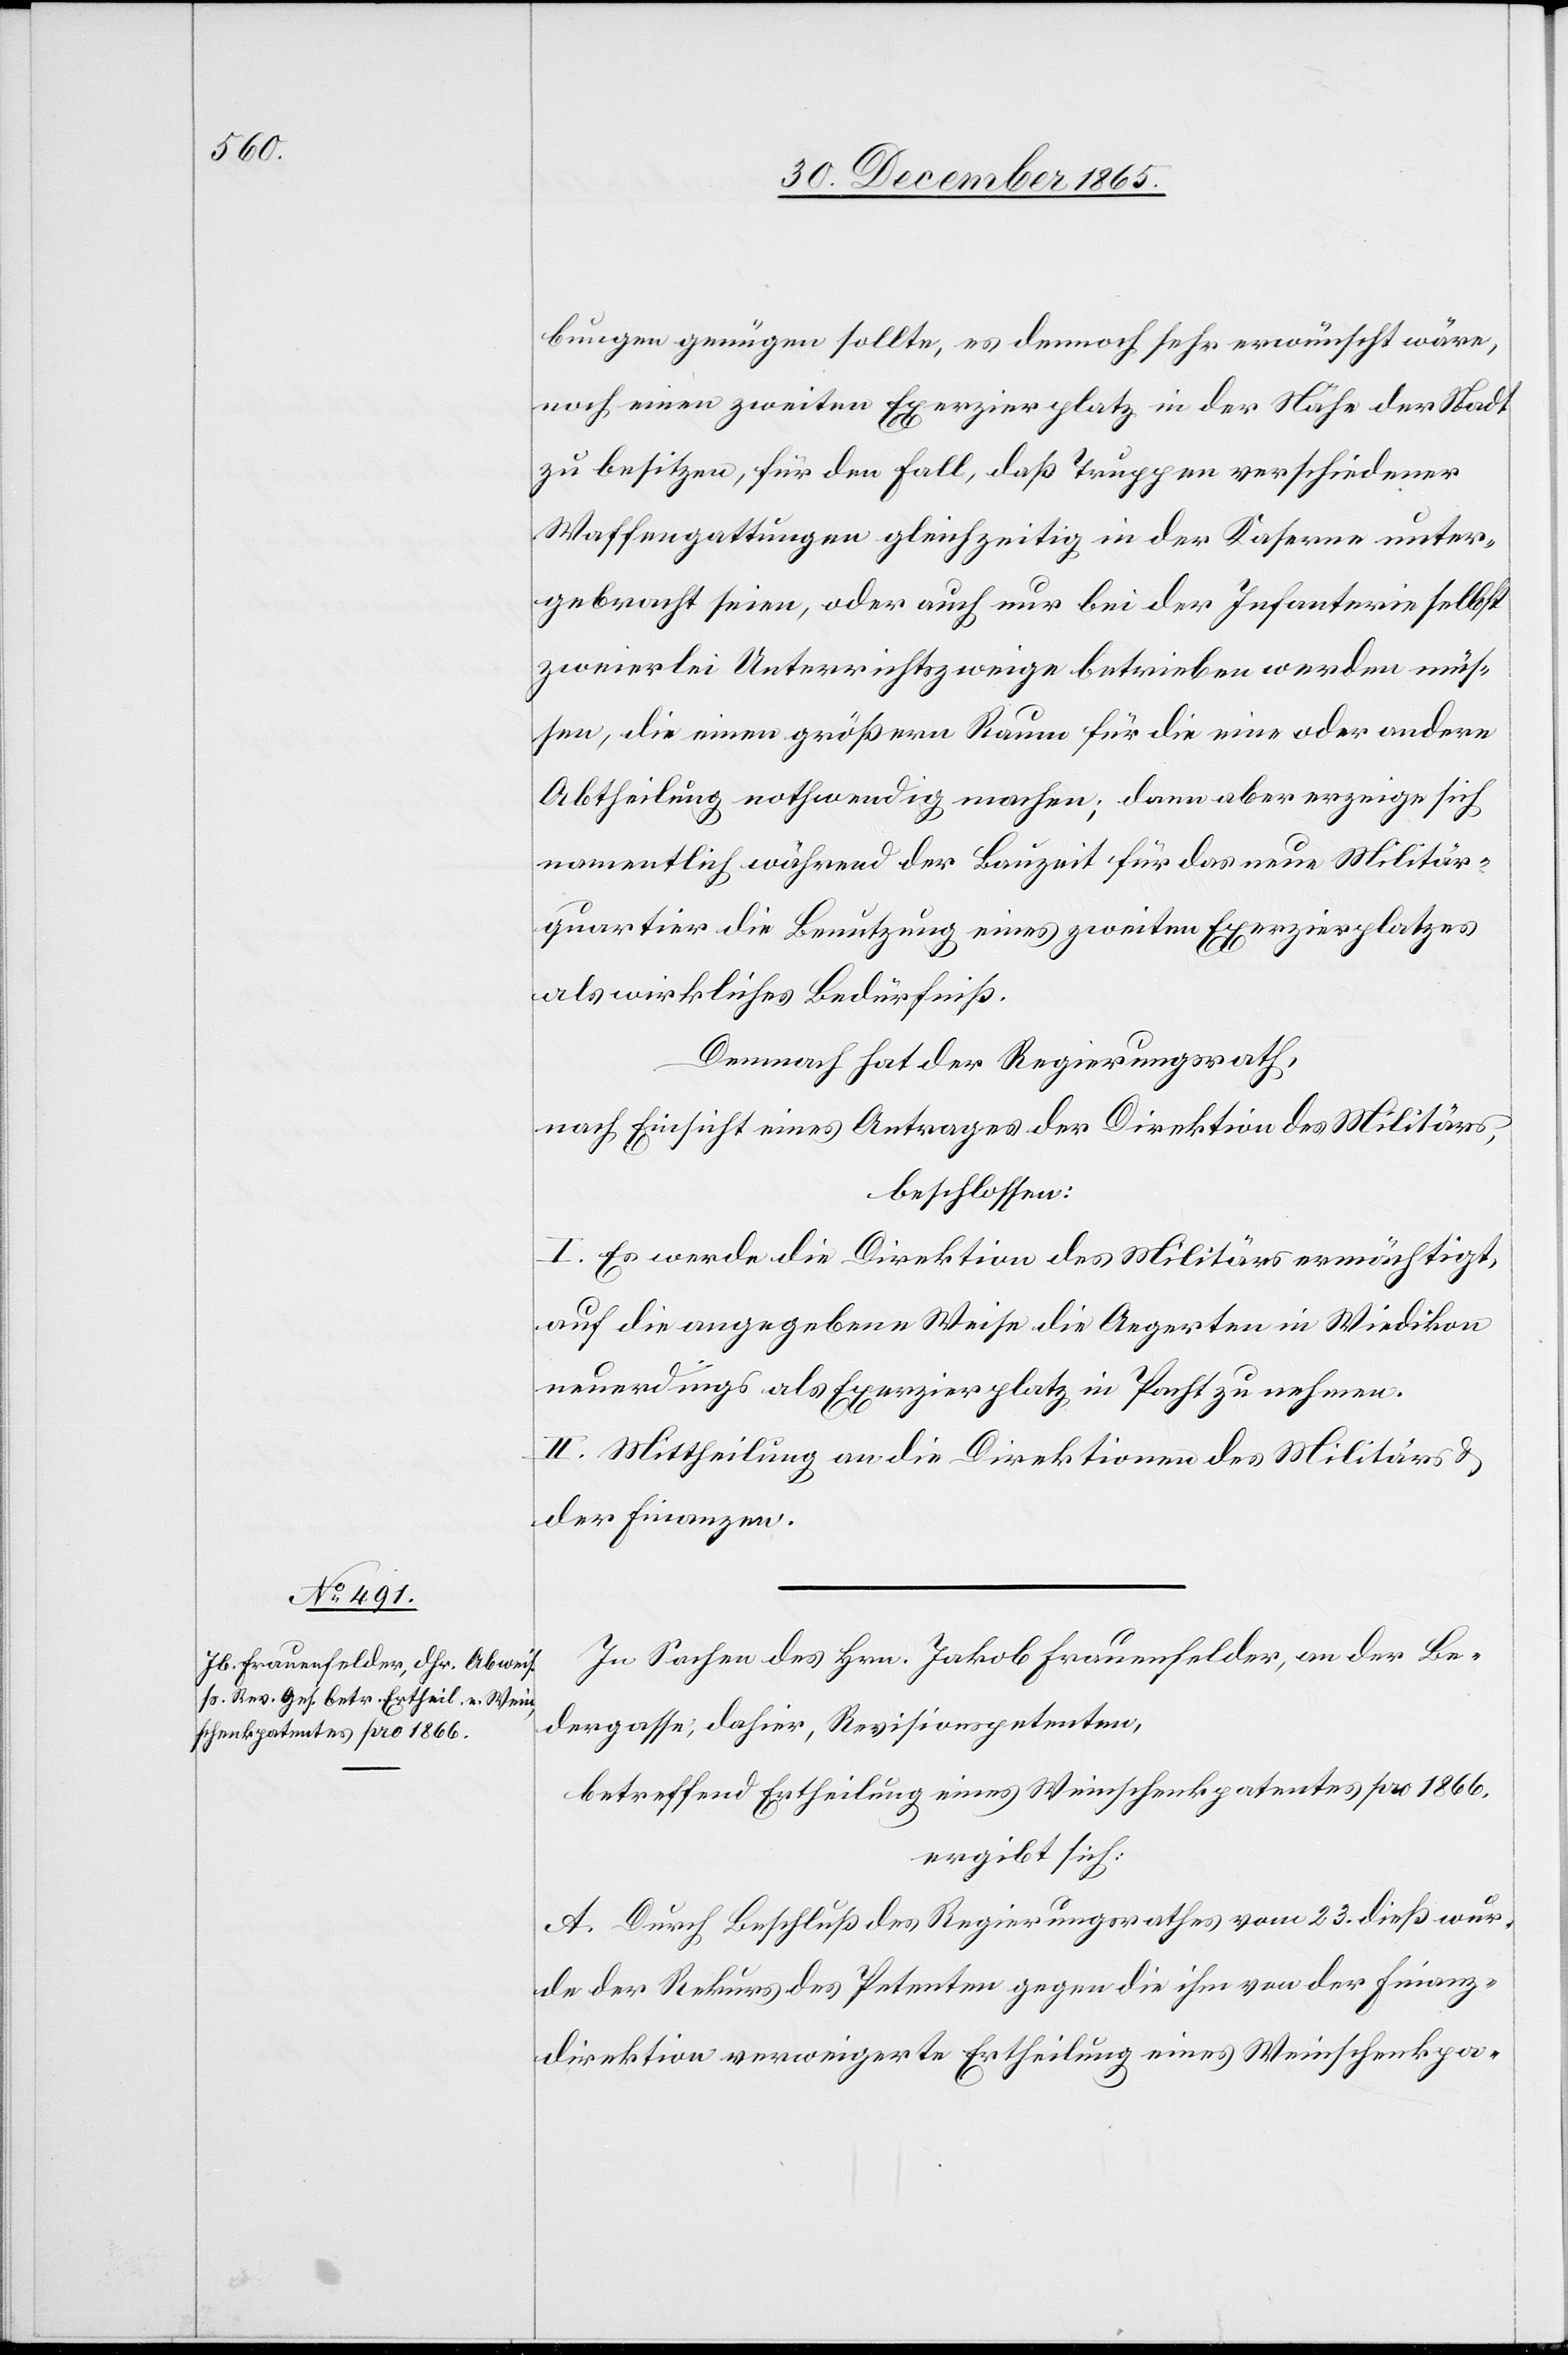
bungen genügen sollte, es dennoch sehr erwünscht wäre,
noch einen zweiten Exerzirplatz in der Nähe der Stadt
zu besitzen, für den Fall, daß Truppen verschiedener
Waffengattungen gleichzeitig in der Kaserne unter¬
gebracht seien, oder auch nur bei der Infanterie selbst
zweierlei Unterrichtszweige betrieben werden müs¬
sten, die einen größern Raum für die eine oder andere
Abtheilung nothwendig machen; dann aber erzeige sich
namentlich während der Bauzeit für das neue Militär¬
quartier die Benutzung eines zweiten Exerzirplatzes
als wirkliches Bedürfniß.
Demnach hat der Regierungsrath,
nach Einsicht eines Antrages der Direktion des Militärs,
beschlossen:
I. Es werde die Direktion des Militärs ermächtigt,
auf die angegebene Weise die Aegerten in Wiedikon
neuerdings als Exerzirplatz in Pacht zu nehmen.
II. Mittheilung an die Direktionen des Militärs &
der Finanzen.
In Sachen des Hrn. Jakob Frauenfelder, an der Be¬
dergasse, dahier, Revisionspetenten,
betreffend Ertheilung eines Weinschenkpatentes pro 1866,
ergibt sich:
A. Durch Beschluß des Regierungsrathes vom 23. dieß wur¬
de der Rekurs des Petenten gegen die ihm von der Finanz¬
direktion verweigerte Ertheilung eines Weinschenkpa-